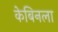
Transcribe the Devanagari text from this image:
केबिनला